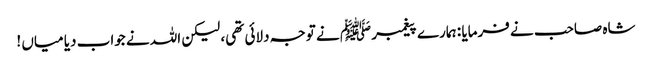
شاہ صاحب نے فرمایا : ہمارے پیغمبر ﷺ نے توجہ دلائی تھی، لیکن اللہ نے جواب دیا میاں !